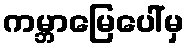
ကမ္ဘာမြေပေါ်မှ